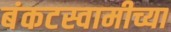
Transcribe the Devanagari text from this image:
बंकटस्वामीच्या